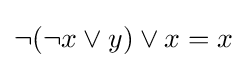
\neg ({\neg x}\lor y)\lor x=x